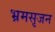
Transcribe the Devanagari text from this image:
भ्रमसृजन